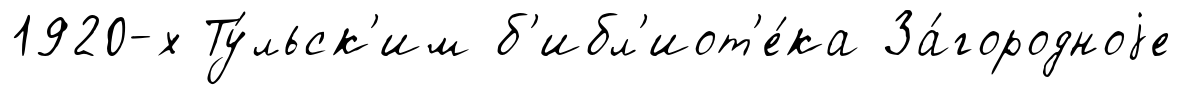
1920-х Ту́льск'им б'ибл'иот'е́ка За́городноjе